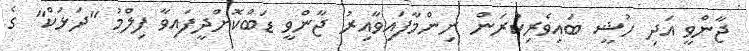
ޖާންވީ އަދި ހުޝީ ބައިވެރިކުރަން ނިންމާފައިވާއިރު ޖާންވީ ޑަބްކޮށްދީފައިވާ ފިލްމު "ދަޅަކް" ގެ